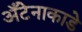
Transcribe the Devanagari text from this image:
अँटेनाकाडे